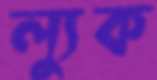
ল্যুক